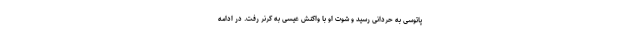
پاتوسی به حردانی رسید و شوت او با واکنش عیسی به کرنر رفت. در ادامه